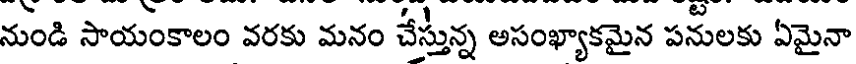
నుండి సాయంకాలం వరకు మనం చేస్తున్న అసంఖ్యాకమైన పనులకు ఏమైనా